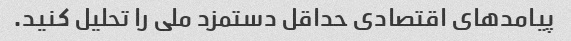
پیامدهای اقتصادی حداقل دستمزد ملی را تحلیل کنید.